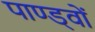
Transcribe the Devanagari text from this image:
पाण्ड्वों